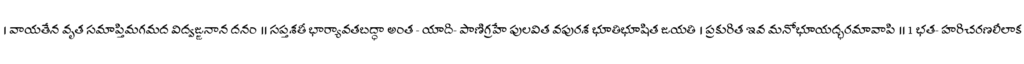
। వాయతేన వృత సమాప్తిమగమద విద్వజ్జనాన దనం ॥ సప్తశతీ భార్యావతబద్ధా అంత - యాది- పాణిగ్రహే పులవిత వపురశ భూతిభూషిత జయతి । ప్రకురిత ఇవ మనోభూయద్భరమావాపి ॥ 1 భత- హరిచరణలీలాక